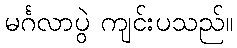
မင်္ဂလာပွဲ ကျင်းပသည်။